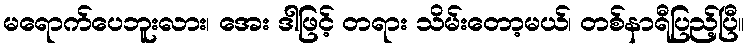
မရောက်ပေဘူးလား၊ အေး ဒါဖြင့် တရား သိမ်းတော့မယ်၊ တစ်နာရီပြည့်ပြီ။